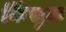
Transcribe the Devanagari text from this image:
किंसुक